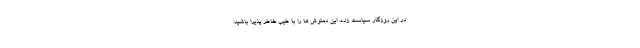
در این روزگار سیاست زده، این دمنوش ها را با طیب خاطر پذیرا باشید: